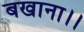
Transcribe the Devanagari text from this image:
बखाना।।